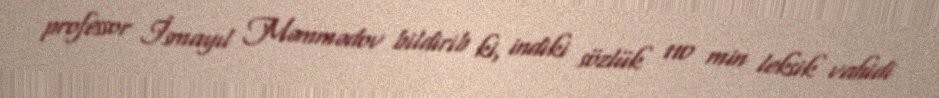
professor İsmayıl Məmmədov bildirib ki, indiki sözlük 110 min leksik vahidi